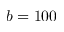
b = 1 0 0